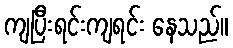
ကျပြီးရင်းကျရင်း နေသည်။